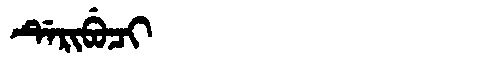
Manchu: ᡩᡝᡵᡳᠪᡠᠴᡳ
Romanization: DERIBUCI